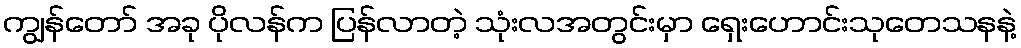
ကျွန်တော် အခု ပိုလန်က ပြန်လာတဲ့ သုံးလအတွင်းမှာ ရှေးဟောင်းသုတေသနနဲ့